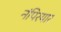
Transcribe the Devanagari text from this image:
नंपिरयार